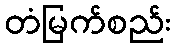
တံမြက်စည်း